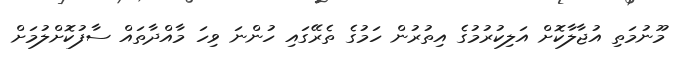
މޫނުމަތި އުޖާލާކޮށް އަލިކުރުމުގެ އިތުރުން ހަމުގެ ތެރޭގައި ހުންނަ ވިހަ މާއްދާތައް ސާފުކޮށްލުމަށް